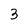
Character: 3